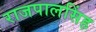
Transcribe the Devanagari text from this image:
राजपालसिंह